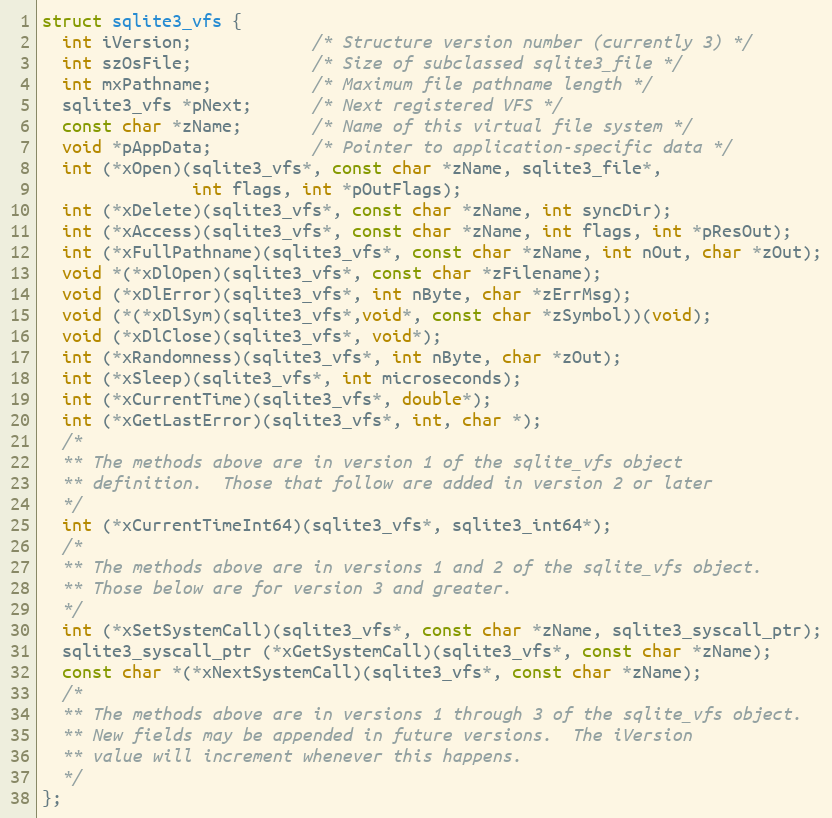
Language: C
struct sqlite3_vfs {
  int iVersion;            /* Structure version number (currently 3) */
  int szOsFile;            /* Size of subclassed sqlite3_file */
  int mxPathname;          /* Maximum file pathname length */
  sqlite3_vfs *pNext;      /* Next registered VFS */
  const char *zName;       /* Name of this virtual file system */
  void *pAppData;          /* Pointer to application-specific data */
  int (*xOpen)(sqlite3_vfs*, const char *zName, sqlite3_file*,
               int flags, int *pOutFlags);
  int (*xDelete)(sqlite3_vfs*, const char *zName, int syncDir);
  int (*xAccess)(sqlite3_vfs*, const char *zName, int flags, int *pResOut);
  int (*xFullPathname)(sqlite3_vfs*, const char *zName, int nOut, char *zOut);
  void *(*xDlOpen)(sqlite3_vfs*, const char *zFilename);
  void (*xDlError)(sqlite3_vfs*, int nByte, char *zErrMsg);
  void (*(*xDlSym)(sqlite3_vfs*,void*, const char *zSymbol))(void);
  void (*xDlClose)(sqlite3_vfs*, void*);
  int (*xRandomness)(sqlite3_vfs*, int nByte, char *zOut);
  int (*xSleep)(sqlite3_vfs*, int microseconds);
  int (*xCurrentTime)(sqlite3_vfs*, double*);
  int (*xGetLastError)(sqlite3_vfs*, int, char *);
  /*
  ** The methods above are in version 1 of the sqlite_vfs object
  ** definition.  Those that follow are added in version 2 or later
  */
  int (*xCurrentTimeInt64)(sqlite3_vfs*, sqlite3_int64*);
  /*
  ** The methods above are in versions 1 and 2 of the sqlite_vfs object.
  ** Those below are for version 3 and greater.
  */
  int (*xSetSystemCall)(sqlite3_vfs*, const char *zName, sqlite3_syscall_ptr);
  sqlite3_syscall_ptr (*xGetSystemCall)(sqlite3_vfs*, const char *zName);
  const char *(*xNextSystemCall)(sqlite3_vfs*, const char *zName);
  /*
  ** The methods above are in versions 1 through 3 of the sqlite_vfs object.
  ** New fields may be appended in future versions.  The iVersion
  ** value will increment whenever this happens.
  */
};